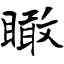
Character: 瞰